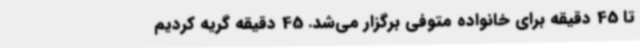
تا 45 دقیقه برای خانواده‌ متوفی برگزار می‌شد. 45 دقیقه گریه کردیم